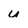
Character: U